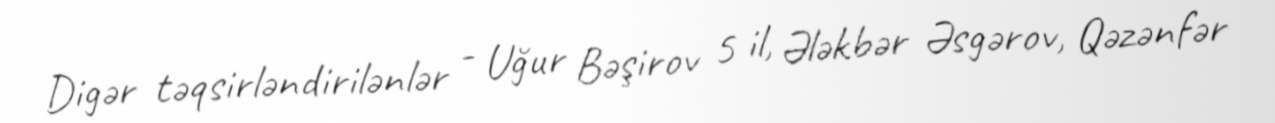
Digər təqsirləndirilənlər - Uğur Bəşirov 5 il, Ələkbər Əsgərov, Qəzənfər